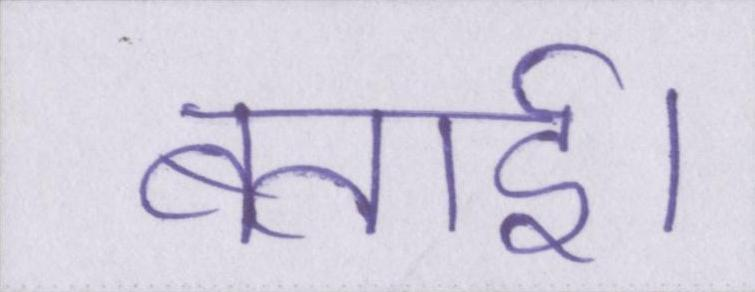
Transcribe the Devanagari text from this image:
बताई।